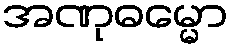
အဏုဓမ္မော